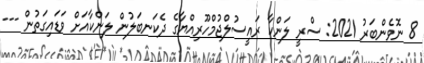
8 ނޮވެންބަރު 2021: ސްރީ ލަންކާ ރައީސުލްޖުމްހޫރިއްޔާގެ ދެކަނބަލުން ލަންކާއަށް ވަޑައިގަތުން ---